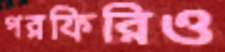
পরফিরিও